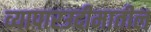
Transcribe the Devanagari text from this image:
व्यापारउदीमातील